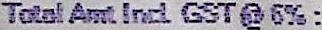
TOTAL AMT INCL GST @ 6% :